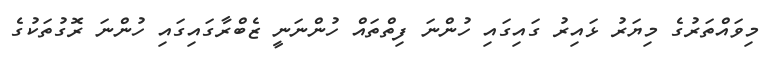
މިވައްތަރުގެ މިޔަރު ޅައިރު ގައިގައި ހުންނަ ފިތްތައް ހުންނަނީ ޒެބްރާގައިގައި ހުންނަ ރޮގުތަކުގެ